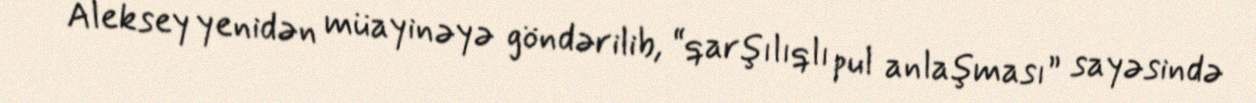
Aleksey yenidən müayinəyə göndərilib, “qarşılıqlı pul anlaşması” sayəsində